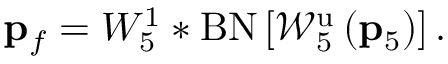
{ \bf p } _ { f } = W _ { 5 } ^ { 1 } * \mathrm { B N } \left[ \mathcal { W } _ { 5 } ^ { \mathrm { u } } \left( { \bf p } _ { 5 } \right) \right] .